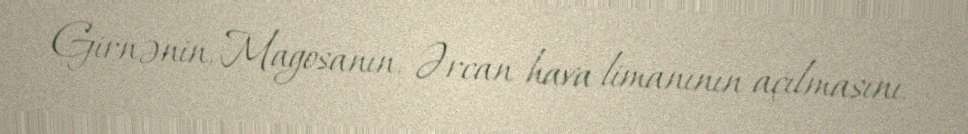
Girnənin, Magosanın, Ərcan hava limanının açılmasını.